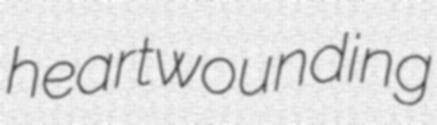
heartwounding